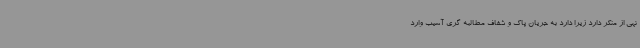
نهی از منکر دارد زیرا دارد به جریان پاک و شفاف مطالبه گری آسیب وارد